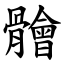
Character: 䯤